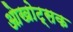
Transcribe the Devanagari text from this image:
ओखोट्सक